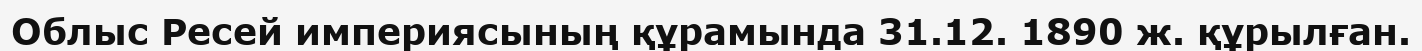
Облыс Ресей империясының құрамында 31.12. 1890 ж. құрылған.